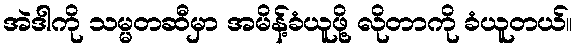
အဲဒါကို သမ္မတဆီမှာ အမိန့်ခံယူဖို့ လိုတာကို ခံယူတယ်။